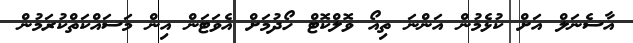
އާސެނަލް އަށް ކުޅެމުން އަންނަ ތިއޯ ވޮލްކޮޓް ހޯދުމަށް އެވަޓަން އިން މަސައްކަތްކުރަމުން